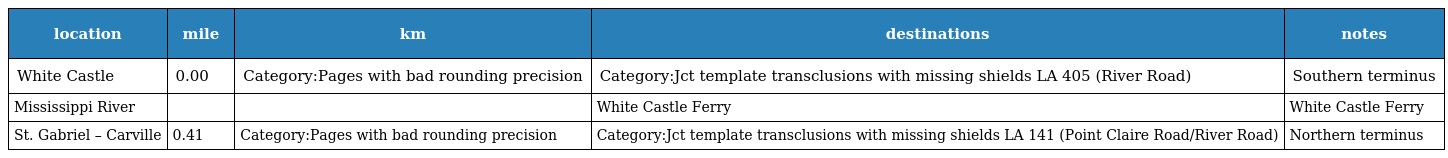
| location | mile | km | destinations | notes |
 | --- | --- | --- | --- | --- |
 | White Castle | 0.00 | Category:Pages with bad rounding precision | Category:Jct template transclusions with missing shields LA 405 (River Road) | Southern terminus |
 | Mississippi River |  |  | White Castle Ferry | White Castle Ferry |
 | St. Gabriel – Carville | 0.41 | Category:Pages with bad rounding precision | Category:Jct template transclusions with missing shields LA 141 (Point Claire Road/River Road) | Northern terminus |